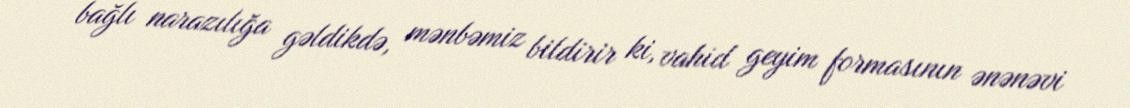
bağlı narazılığa gəldikdə, mənbəmiz bildirir ki, vahid geyim formasının ənənəvi